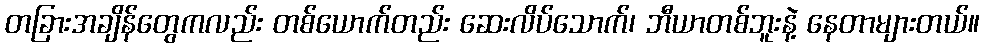
တခြားအချိန်တွေကလည်း တစ်ယောက်တည်း ဆေးလိပ်သောက်၊ ဘီယာတစ်ဘူးနဲ့ နေတာများတယ်။